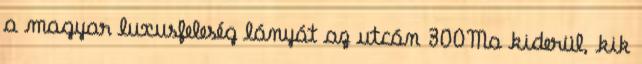
a magyar luxusfeleség lányát az utcán 300Ma kiderül, kik